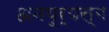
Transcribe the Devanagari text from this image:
अनयूर्यस्म